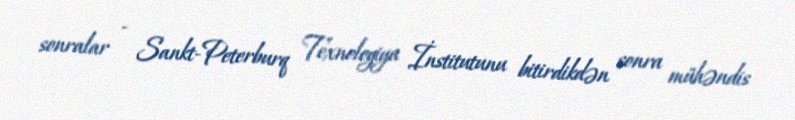
sonralar - Sankt-Peterburq Texnologiya İnstitutunu bitirdikdən sonra mühəndis